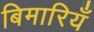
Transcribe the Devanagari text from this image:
बिमारियँ